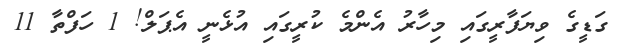
ގަޑީގެ ވިޔަފާރީގައި މިހާރު އެންމެ ކުރީގައި އުޅެނީ އެޕަލް! 1 ހަފްތާ 11